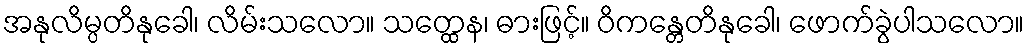
အနုလိမ္ပတိနုခေါ၊ လိမ်းသလော။ သတ္ထေန၊ ဓားဖြင့်။ ဝိကန္တေတိနုခေါ၊ ဖောက်ခွဲပါသလော။